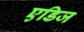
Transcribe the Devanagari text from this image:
एडिज